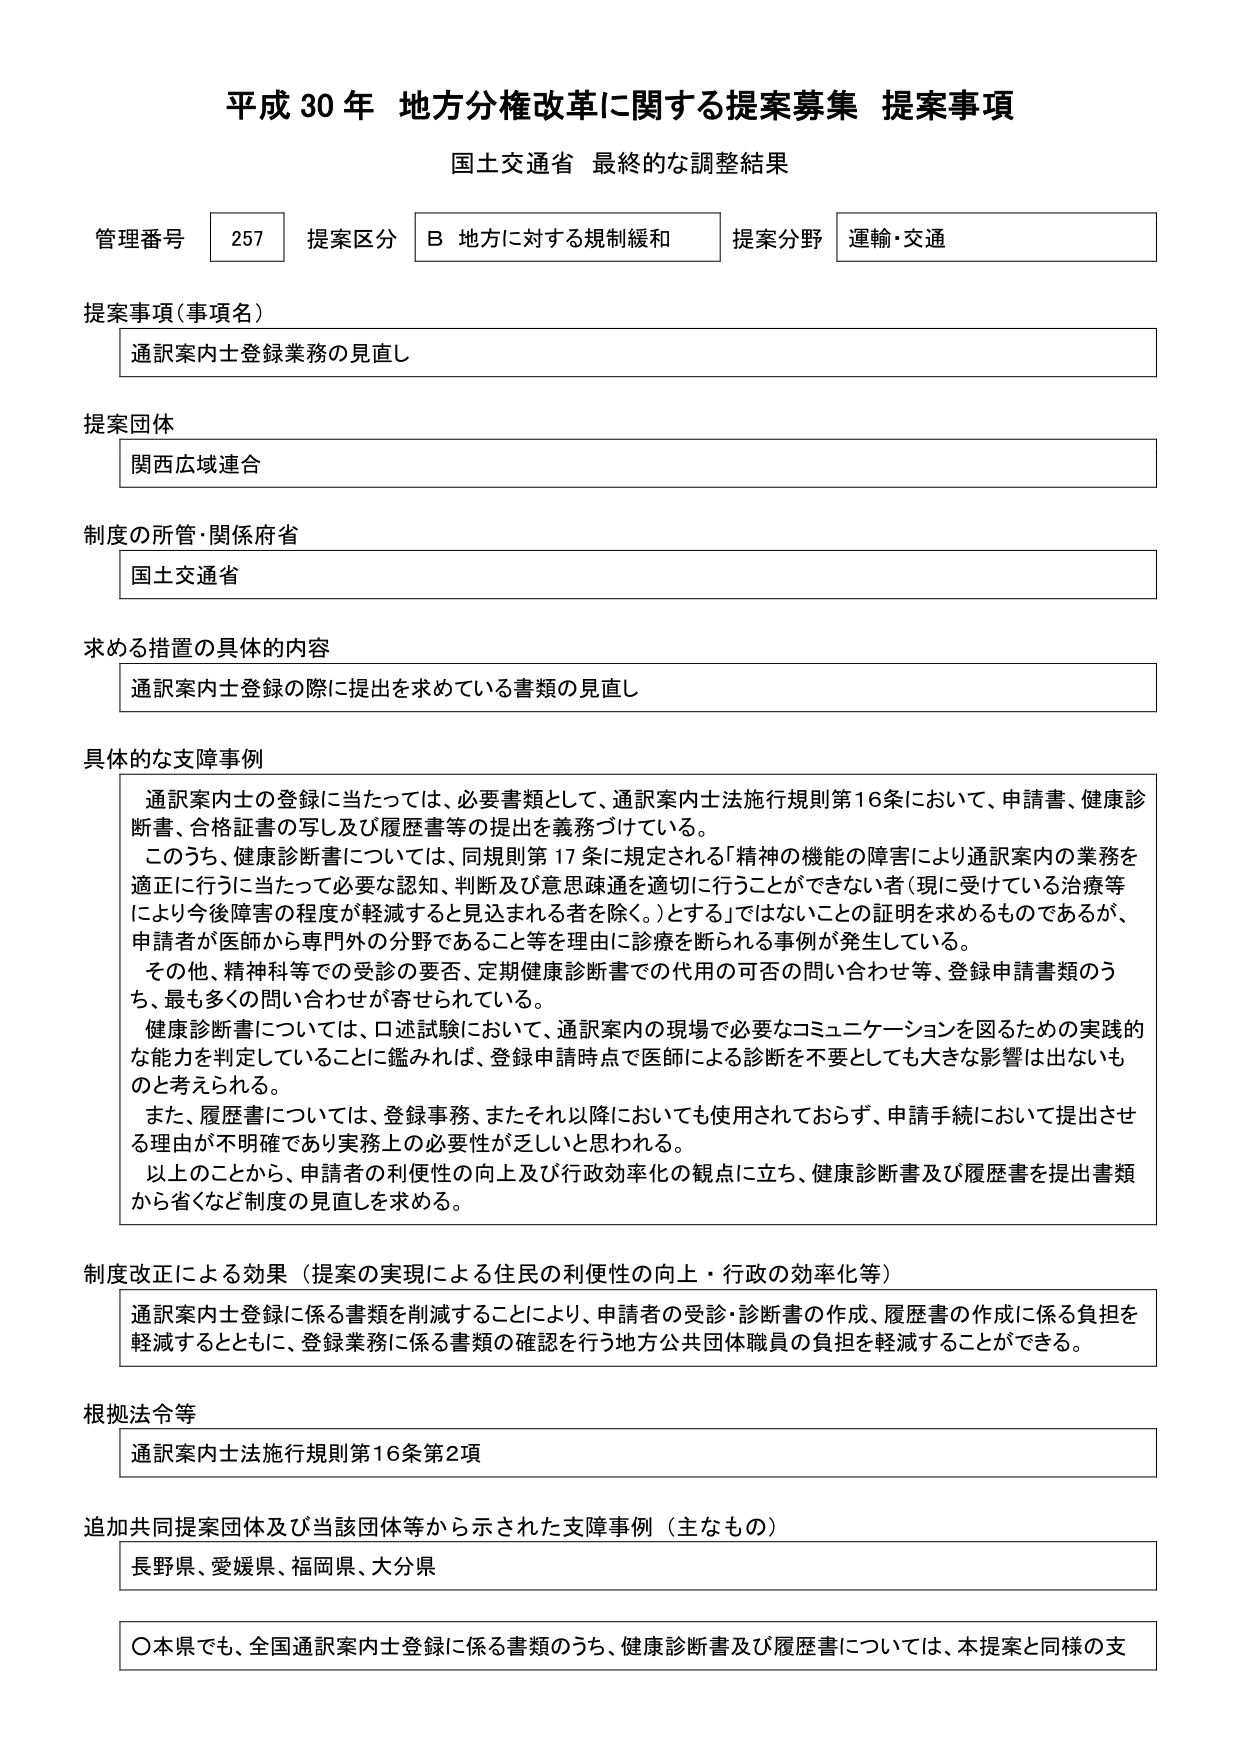
平成30年 地方分権改革に関する提案募集 提案事項
国土交通省 最終的な調整結果

管理番号 257 提案区分 B 地方に対する規制緩和 提案分野 運輸・交通

提案事項（事項名）
通訳案内士登録業務の見直し

提案団体
関西広域連合

制度の所管・関係府省
国土交通省

求める措置の具体的内容
通訳案内士登録の際に提出を求めていている書類の見直し

具体的な支障事例
通訳案内士の登録に当たっては、必要書類として、通訳案内士法施行規則第16条において、申請書、健康診断書、合格証書の写し及び履歴書等の提出を義務づけている。
このうち、健康診断書については、同規則第17条に規定される「精神の機能の障害により通訳案内の業務を適正に行うに当たって必要な認知、判断及び意思疎通を適切に行うことができない者（現に受けている治療等により今後障害の程度が軽減すると見込まれる者を除く。）とする」ではないことの証明を求めるものであるが、申請者が医師から専門外の分野であること等を理由に診療を断られる事例が発生している。
その他、精神科等での受診の要否、定期健康診断書での代用の可否の問い合わせ等、登録申請書類のうち、最も多くの問い合わせが寄せられている。
健康診断書については、口述試験において、通訳案内の現場で必要なコミュニケーションを図るための実践的な能力を判定していることに鑑みれば、登録申請時点で医師による診断を不要としても大きな影響は出ないものと考えられる。
また、履歴書については、登録事務、またそれ以降においても使用されておらず、申請手続において提出させる理由が不明確であり実務上の必要性が乏しいと思われる。
以上のことから、申請者の利便性の向上及び行政効率化の観点に立ち、健康診断書及び履歴書を提出書類から省くなど制度の見直しを求める。

制度改正による効果（提案の実現による住民の利便性の向上・行政の効率化等）
通訳案内士登録に係る書類を削減することにより、申請者の受診・診断書の作成、履歴書の作成に係る負担を軽減するとともに、登録業務に係る書類の確認を行う地方公共団体職員の負担を軽減することができる。

根拠法令等
通訳案内士法施行規則第16条第2項

追加共同提案団体及び当該団体等から示された支障事例（主なもの）
長野県、愛媛県、福岡県、大分県

〇本県でも、全国通訳案内士登録に係る書類のうち、健康診断書及び履歴書については、本提案と同様の支